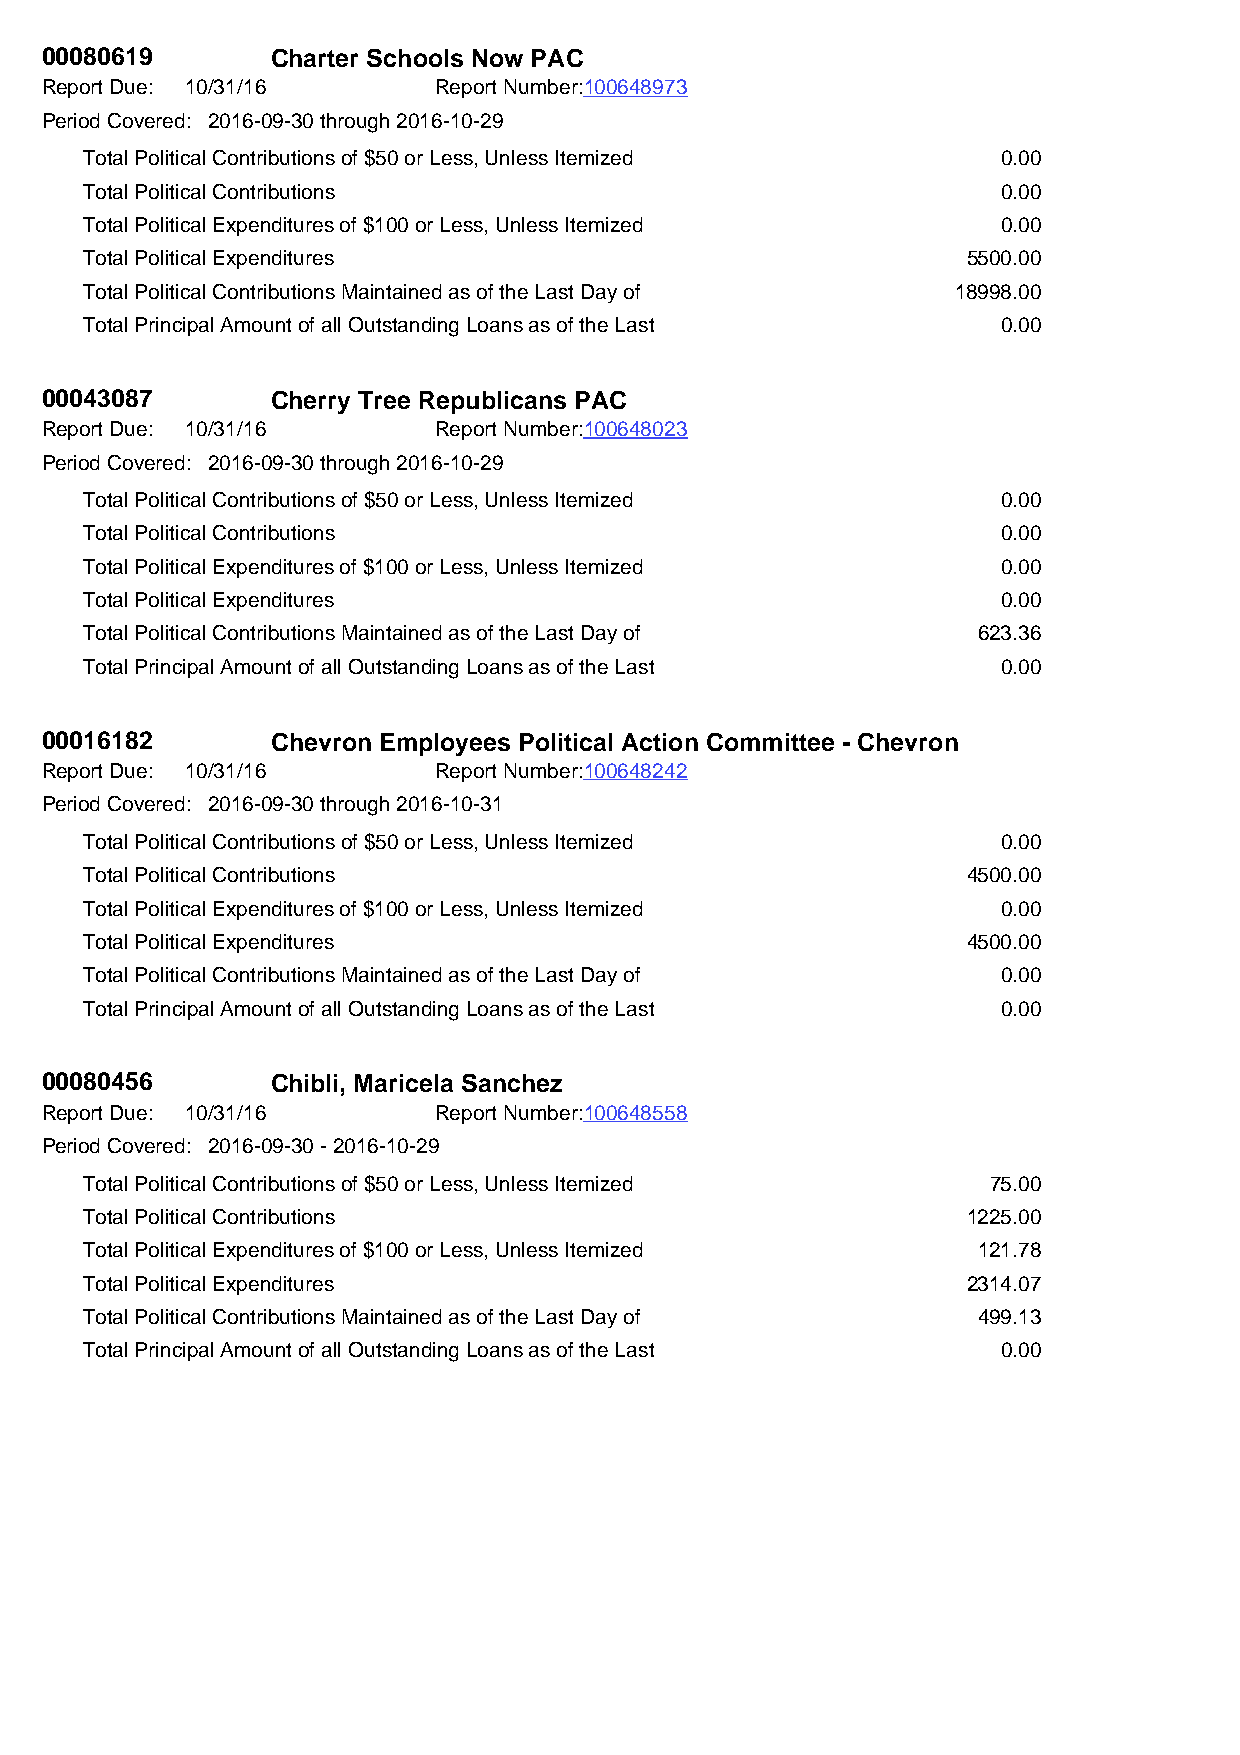
00080619       Charter Schools Now PAC
 Report Due: 10/31/16      Report Number:100648973
 Period Covered: 2016-09-30 through 2016-10-29
 Total Political Contributions of $50 or Less, Unless Itemized 0.00
 Total Political Contributions                               0.00
 Total Political Expenditures of $100 or Less, Unless Itemized 0.00
 Total Political Expenditures                              5500.00
 Total Political Contributions Maintained as of the Last Day of 18998.00
 Total Principal Amount of all Outstanding Loans as of the Last 0.00
 00043087       Cherry Tree Republicans PAC
 Report Due: 10/31/16      Report Number:100648023
 Period Covered: 2016-09-30 through 2016-10-29
 Total Political Contributions of $50 or Less, Unless Itemized 0.00
 Total Political Contributions                               0.00
 Total Political Expenditures of $100 or Less, Unless Itemized 0.00
 Total Political Expenditures                                0.00
 Total Political Contributions Maintained as of the Last Day of 623.36
 Total Principal Amount of all Outstanding Loans as of the Last 0.00
 00016182       Chevron Employees Political Action Committee - Chevron
 Report Due: 10/31/16      Report Number:100648242
 Period Covered: 2016-09-30 through 2016-10-31
 Total Political Contributions of $50 or Less, Unless Itemized 0.00
 Total Political Contributions                             4500.00
 Total Political Expenditures of $100 or Less, Unless Itemized 0.00
 Total Political Expenditures                              4500.00
 Total Political Contributions Maintained as of the Last Day of 0.00
 Total Principal Amount of all Outstanding Loans as of the Last 0.00
 00080456       Chibli, Maricela Sanchez
 Report Due: 10/31/16      Report Number:100648558
 Period Covered: 2016-09-30 - 2016-10-29
 Total Political Contributions of $50 or Less, Unless Itemized 75.00
 Total Political Contributions                             1225.00
 Total Political Expenditures of $100 or Less, Unless Itemized 121.78
 Total Political Expenditures                              2314.07
 Total Political Contributions Maintained as of the Last Day of 499.13
 Total Principal Amount of all Outstanding Loans as of the Last 0.00